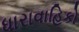
ધારાવાહિકો